Vaccine operations Central Provinces 1868-1885 - 1868-1885
Year: 1868
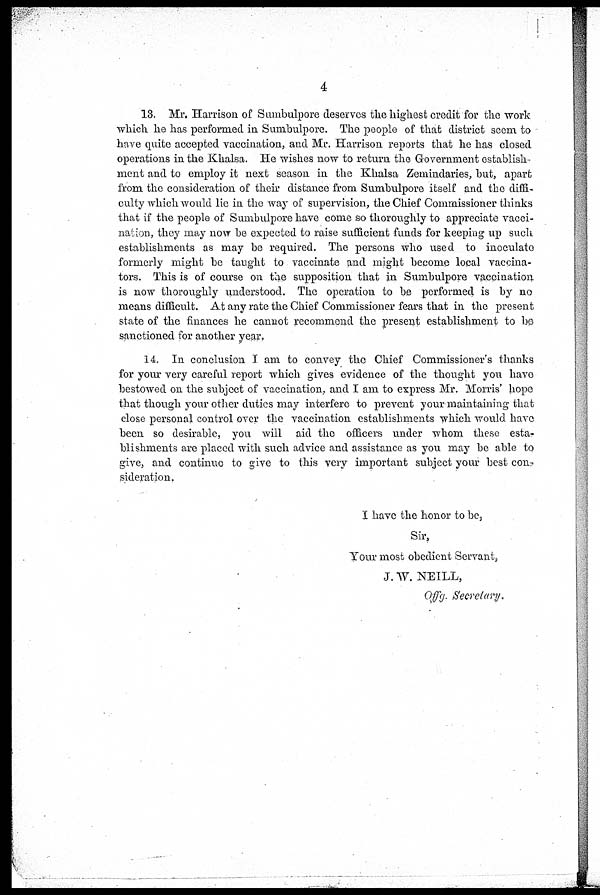
4
13. Mr. Harrison of Sumbulpore deserves the highest credit for the work
which he has performed in Sumbulpore. The people of that district seem to
have quite accepted vaccination, and Mr. Harrison reports that he has closed
operations in the Khalsa. He wishes now to return the Government establish-
ment and to employ it next season in the Khalsa Zemindaries, but, apart
from the consideration of their distance from Sumbulpore itself and the diffi-
culty which would lie in the way of supervision, the Chief Commissioner thinks
that if the people of Sumbulpore have come so thoroughly to appreciate vacci-
nation, they may now be expected to raise sufficient funds for keeping up such
establishments as may be required. The persons who used to inoculate
formerly might be taught to vaccinate and might become local vaccina-
tors. This is of course on the supposition that in Sumbulpore vaccination
is now thoroughly understood. The operation to be performed is by no
means difficult. At any rate the Chief Commissioner fears that in the present
state of the finances he cannot recommend the present establishment to be
sanctioned for another year.
14. In conclusion I am to convey the Chief Commissioner's thanks
for your very careful report which gives evidence of the thought you have
bestowed on the subject of vaccination, and I am to express Mr. Morris' hope
that though your other duties may interfere to prevent your maintaining that
close personal control over the vaccination establishments which would have
been so desirable, you will aid the officers under whom these esta-
blishments are placed with such advice and assistance as you may be able to
give, and continue to give to this very important subject your best con-
sideration.
I have the honor to be,
Sir,
Your most obedient Servant,
J. W. NEILL,
Offg. Secretary.